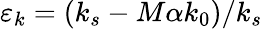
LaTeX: \varepsilon_{k}=(k_{s}-M\alpha k_{0})/k_{s}